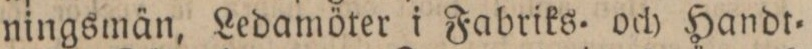
ningsmän, Ledamöter i Fabriks= och Handt=